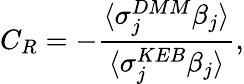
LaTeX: C_{R}=-\frac{\langle\sigma_{j}^{DMM}\beta_{j}\rangle}{\langle\sigma_{j}^{KEB}\beta_{j}\rangle},